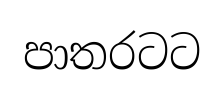
පාතරටට